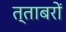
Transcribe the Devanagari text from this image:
त्ताबरों